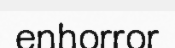
enhorror